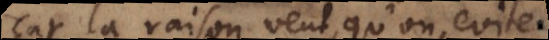
Car la raison veut, qu’on evite